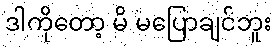
ဒါကိုတော့ မိ မပြောချင်ဘူး